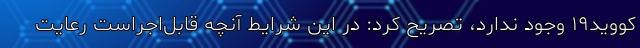
کووید۱۹ وجود ندارد، تصریح کرد: در این شرایط آنچه قابل‌اجراست رعایت